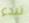
تبدء